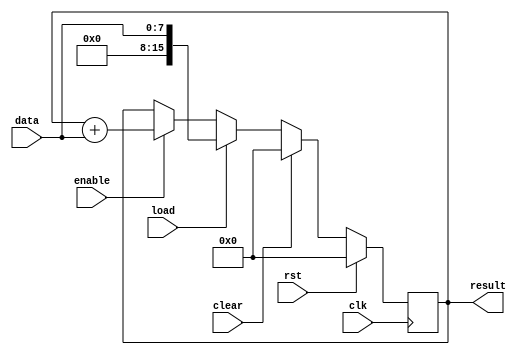
module accumulator (
  input wire clk,
  input wire rst,
  input wire enable,
  input wire load,
  input wire clear,
  input wire [7:0] data,
  output reg [15:0] result
);

reg [15:0] accumulator;

always @(posedge clk) begin
  if (rst) begin
    accumulator <= 16'h0000;
  end else if (clear) begin
    accumulator <= 16'h0000;
  end else if (load) begin
    accumulator <= data;
  end else if (enable) begin
    accumulator <= accumulator + data;
  end
end

assign result = accumulator;

endmodule